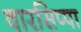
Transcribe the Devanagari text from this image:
वारसिप्पा